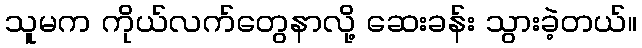
သူမက ကိုယ်လက်တွေနာလို့ ဆေးခန်း သွားခဲ့တယ်။